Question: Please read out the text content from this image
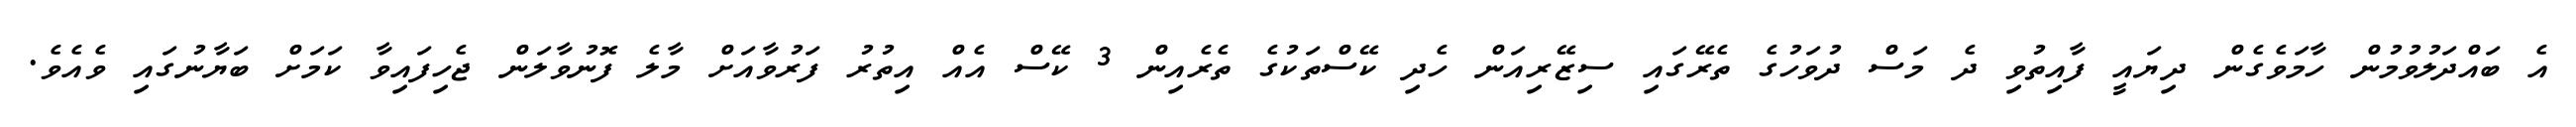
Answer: އެ ބައްދަލުވުމުން ހާމަވެގެން ދިޔައީ ފާއިތުވި ދެ މަސް ދުވަހުގެ ތެރޭގައި ސިޒޭރިއަން ހެދި ކޭސްތަކުގެ ތެރެއިން 3 ކޭސް އެއް އިތުރު ފަރުވާއަށް މާލެ ފޮނުވާލަން ޖެހިފައިވާ ކަމަށް ބަޔާނުގައި ވެއެވެ.